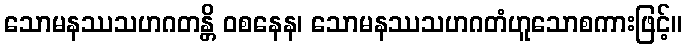
သောမနဿသဟဂတန္တိ ဝစနေန၊ သောမနဿသဟဂတံဟူသောစကားဖြင့်။